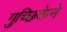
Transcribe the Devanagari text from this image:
गुच्छिकेने